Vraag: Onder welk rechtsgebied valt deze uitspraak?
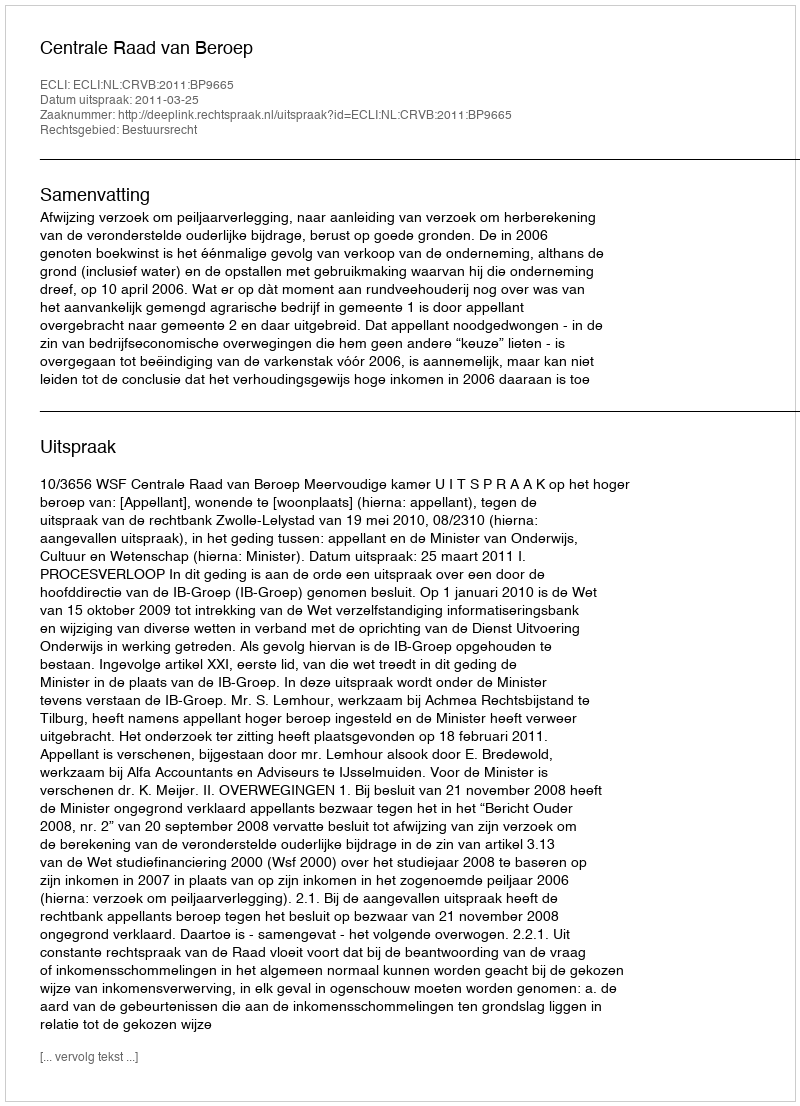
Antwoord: Bestuursrecht